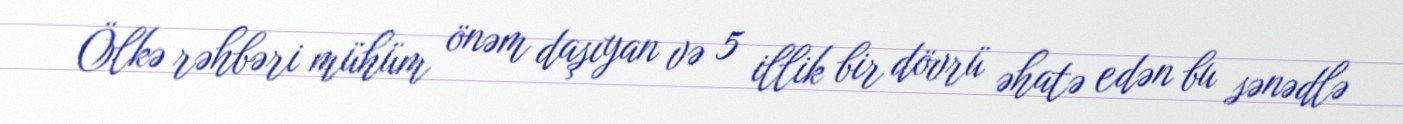
Ölkə rəhbəri mühüm önəm daşıyan və 5 illik bir dövrü əhatə edən bu sənədlə